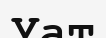
Уат